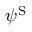
\psi ^ { \mathrm { { S } } }